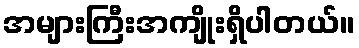
အများကြီးအကျိုးရှိပါတယ်။